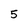
Character: 5